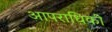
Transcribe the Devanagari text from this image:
आपराधिकी